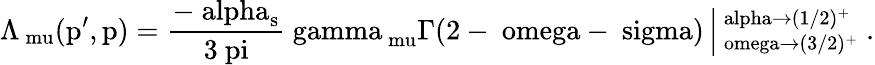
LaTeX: \mathrm{\Lambda_{\ mu}(p^{\prime},p)=\frac{-\ alpha_{s}}{3\ pi}\ gamma_{\ mu}\Gamma(2-\ omega-\ sigma)\left|^{\ alpha\to(1/2)^{+}}_{\ omega\to(3/2)^{+}}\right.~.}